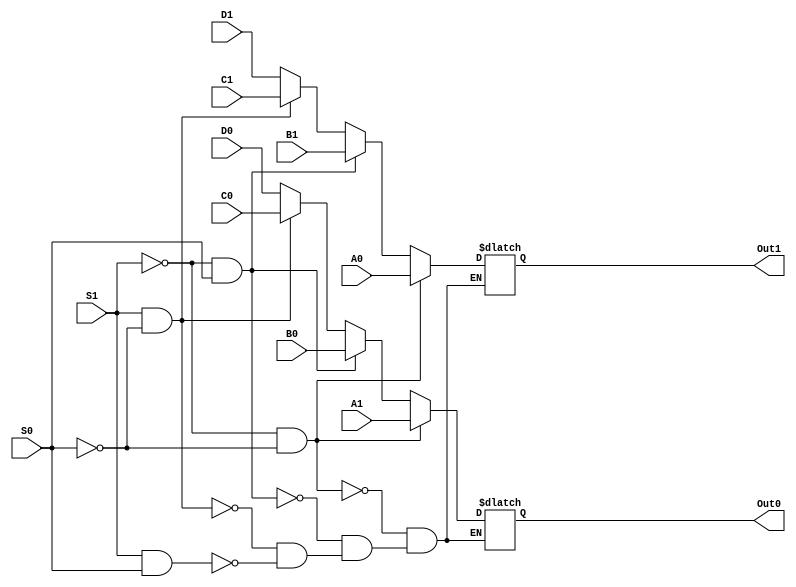
`timescale 1 ns/1 ns

module MuxBeh(A1, A0, B1, B0, C1, C0, D1, D0, S1, S0, Out1, Out0);

   input A1, A0, B1, B0, C1, C0, D1, D0;
   input S1, S0;

   output Out1, Out0;
   reg Out1, Out0;

   always @ (*)
   begin
     if(S1 == 0 && S0 == 0)
	   begin
		   Out1 <= A0;
		   Out0 <= A1;
	   end
     else if(S1 == 0 && S0 == 1)
	   begin
      		   Out1 <= B1;
		   Out0 <= B0;
	   end
     else if(S1 == 1 && S0 == 0)
	   begin
		   Out1 <= C1;
		   Out0 <= C0;
	   end
     else if(S1 == 1 && S0 == 1)
	   begin
		   Out1 <= D1;
		   Out0 <= D0;
	   end
   end

endmodule